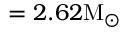
= 2 . 6 2 \mathrm { M _ { \odot } }